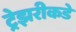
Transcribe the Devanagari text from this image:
ट्रेझरीकडे